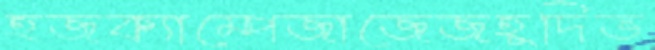
হজক্যাম্পেজাজেজহূদিভ